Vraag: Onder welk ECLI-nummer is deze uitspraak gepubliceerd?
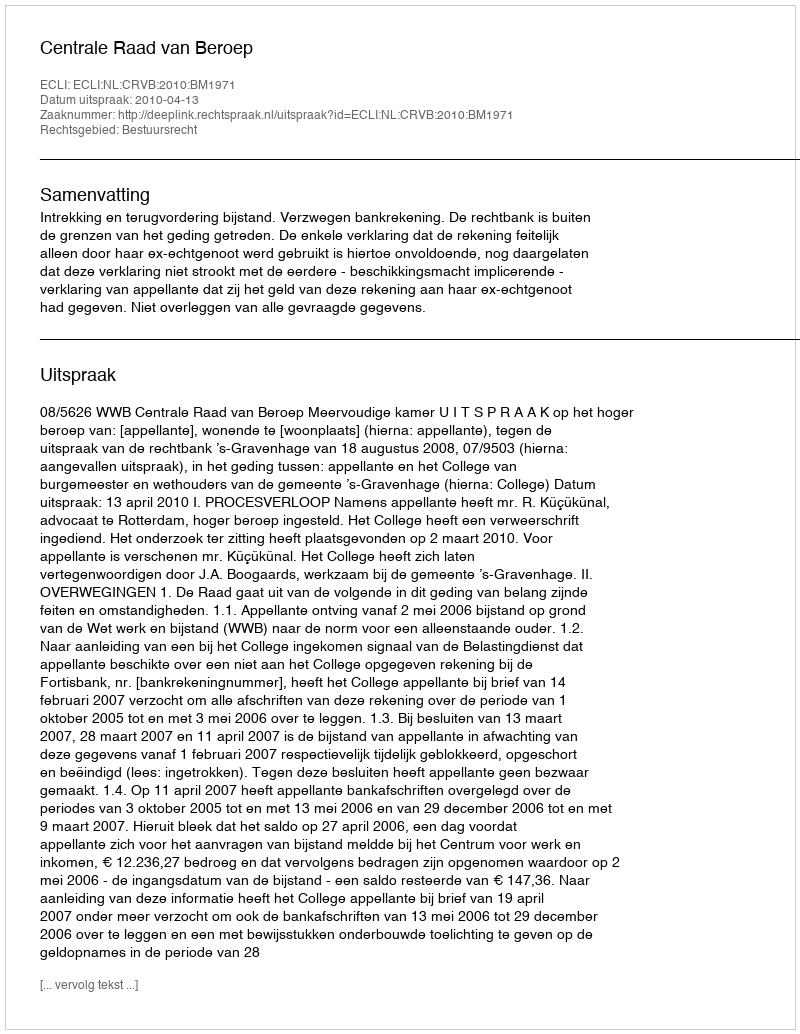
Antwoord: ECLI:NL:CRVB:2010:BM1971